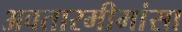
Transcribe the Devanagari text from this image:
अवतारमीमांसा